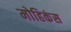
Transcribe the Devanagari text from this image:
मोहिकंस